Problem: 3 × 4 = ?
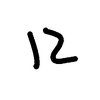
Handwritten answer: 12